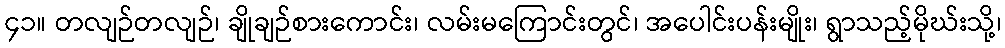
၄၁။ တလျဉ်တလျဉ်၊ ချိုချဉ်စားကောင်း၊ လမ်းမကြောင်းတွင်၊ အပေါင်းပန်းမျိုး၊ ရွာသည့်မိုဃ်းသို့၊